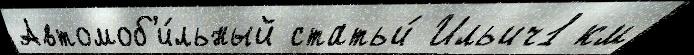
Автомоб'и́льный статьи́ Ильич1 км